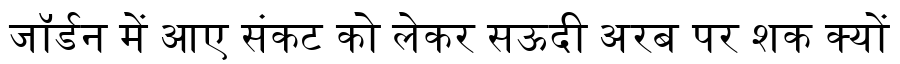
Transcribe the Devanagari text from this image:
जॉर्डन में आए संकट को लेकर सऊदी अरब पर शक क्यों